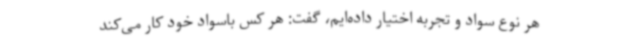
هر نوع سواد و تجربه اختیار داده‌ایم، گفت: هر کس باسواد خود کار می‌کند